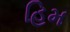
હિમ